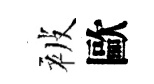
被歐